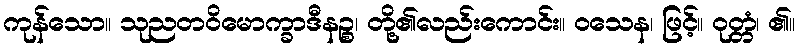
ကုန်သော။ သုညတဝိမောက္ခာဒီနဉ္စ၊ တို့၏လည်းကောင်း။ ဝသေန၊ ဖြင့်။ ဝုတ္တံ၊ ၏။